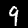
Digit: 9